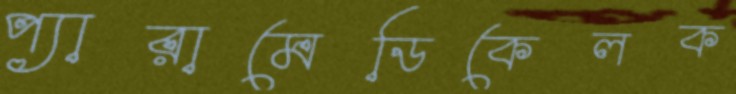
প্যারামেডিকেলক